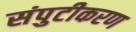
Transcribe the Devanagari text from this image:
संपुटीकरण